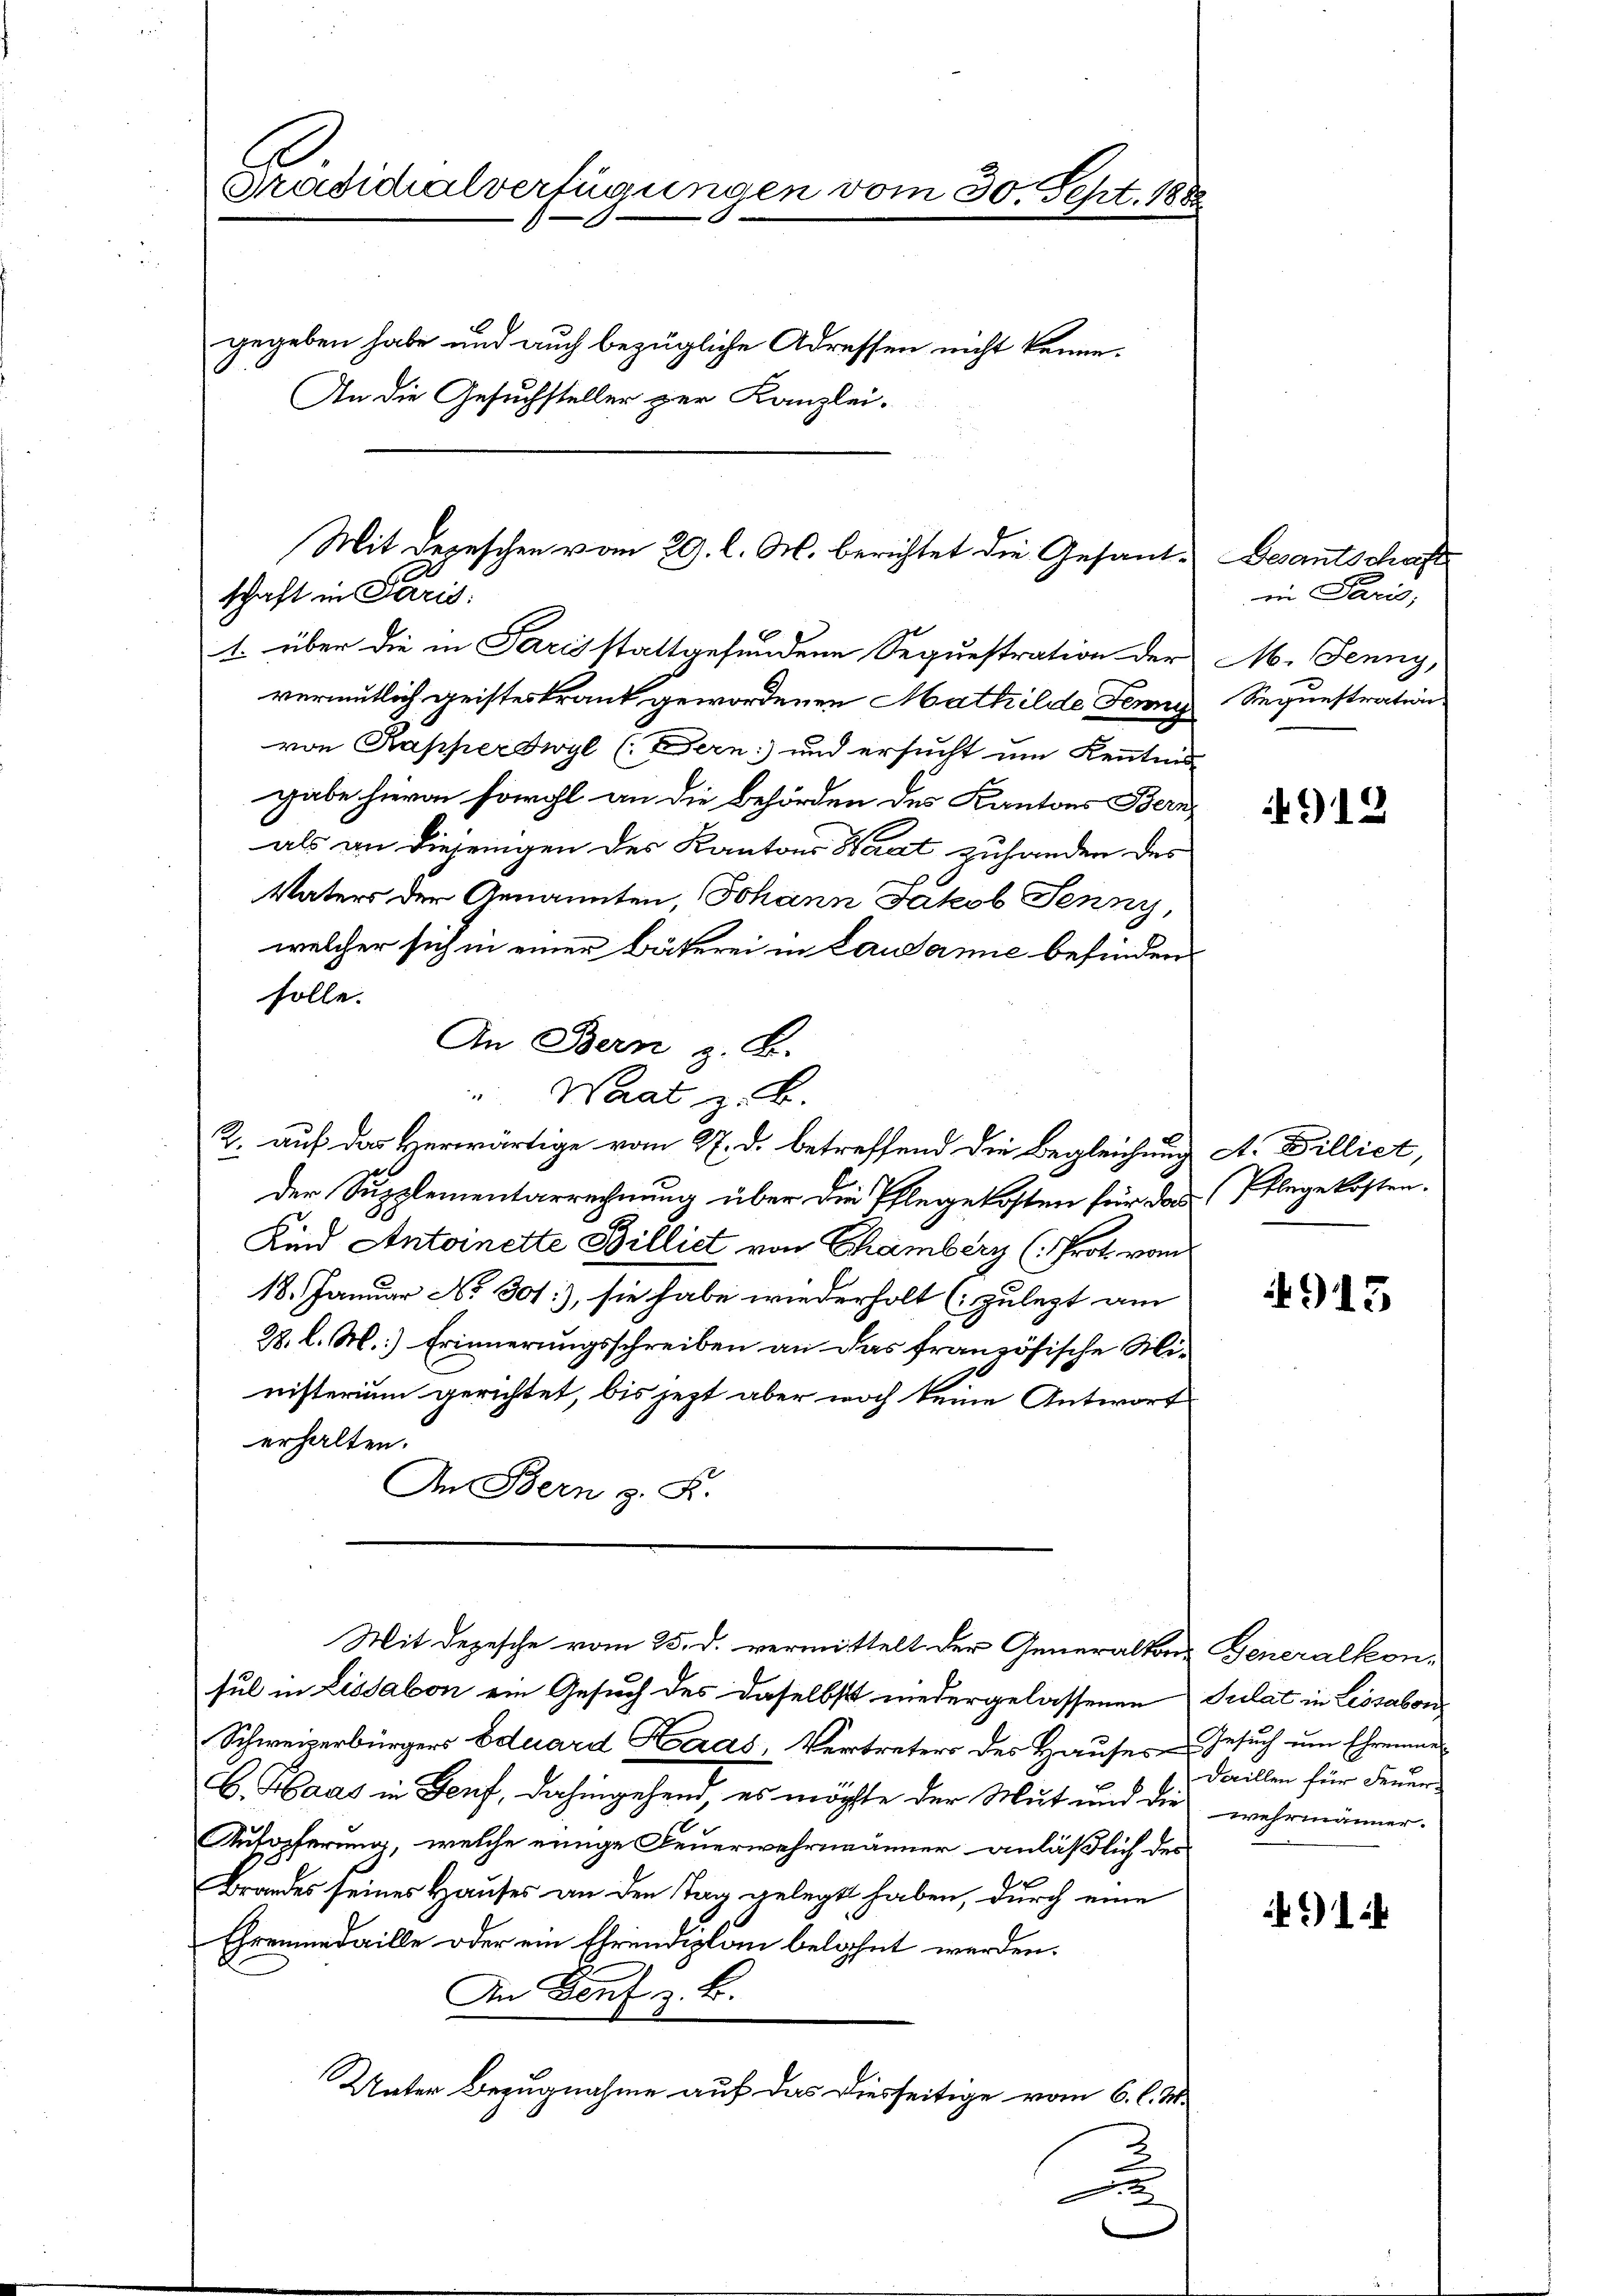
Präsidialverfügungen vom 30. Sept. 1888
gegeben habe und auch bezügliche Adressen nicht kenne.
An die Gesuchsteller zur Kanzlei-

1. über die in Paris stattgefundene Sequestration der M. Jenny,
vermutlich geisteskrank gewordenen Mathilde Jenny
von Kapperswyl (Dern: und ersucht um Kenntnis
gabe hievon sowohl an die Behörden des Kantons Bern
als an diejenigen der Kantons Waat zuhanden des
Vaters der Genannten, Johann Jakob Jenny,
welcher sich in einer Bäterei in Lausanne befinden
solle.
der Supplementarrechnung über die Pflegekosten für das
Kind Antoinette Billiet von Chamberg (: Prot. vom
18. Januar No 301.), sie habe wiederholt (zulezt am
28. l. M.) Erinnerungsschreiben an das französische Ministerium gerichtet, bis jezt aber noch keine Antwort
erhalten.
An Bern z. B.
Mit Depesche vom 25. d. vermittelt der Generalton Generalkonsul in Lissabon ein Gesuch des daselbst niedergelassenen
Schweizerbürgers Eduard Heras, Vertreters des Hauses Gesuch um Ehrenen
B. Haas in Genf, dahingehend, es möchte der Mut und die wehrmänner-
Aufopferung, welche einige Feuerwehrmänner anläßlich des
Brandes seines Hauses an den Tag gelegt haben, durch eine
Ehrenmedaille oder ein Ehrendiplom belohnt werden.
An Dorf z. B.
Unter Bezugnahme auf das Diesseitige vom 6. l. M.
.

Mit Depeschen vom 29. l. M. berichtet die Gesant- Gesantschaft
schaft in Paris.

An Bern z. B.
Waat z. B.

2. auf das Herwärtige vom 27. d. betreffend die Begleichung A. Billiet,

in Paris,
Sequestration

912

Pflegekosten.

913

Sulat in Lissabon
daillen für Feuer¬

)14